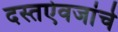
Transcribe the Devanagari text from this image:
दस्तऐवजांचे